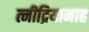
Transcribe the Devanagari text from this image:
त्नीद्रियानाह